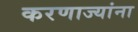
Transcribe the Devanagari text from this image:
करणाज्यांना